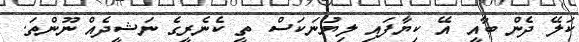
ކަލޭ ދެން ބާއީ އޭ ކިޔާފައި ލިޔުނަކަސް ތީ ކެނެރީގެ ނަޝީދެއް ނޫންތަ.